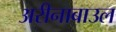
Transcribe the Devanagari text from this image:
अरीनाबाउल